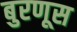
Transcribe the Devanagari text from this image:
बुरणूस